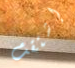
إشتقت